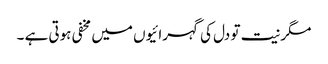
مگر نیت تو دل کی گہرائیوں میں مخفی ہوتی ہے ۔